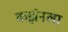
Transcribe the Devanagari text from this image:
कर्झनला